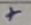
Text: +